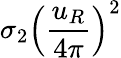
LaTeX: \sigma_{2}\left(\frac{u_{R}}{4\pi}\right)^{2}